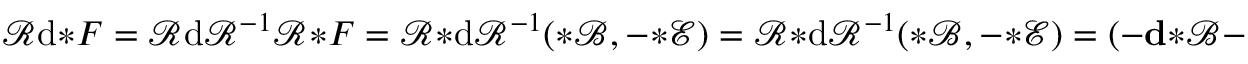
\mathcal { R } \mathrm { d } { * } F = \mathcal { R } \mathrm { d } \mathcal { R } ^ { - 1 } \mathcal { R } { * } F = \mathcal { R } { * } \mathrm { d } \mathcal { R } ^ { - 1 } ( { \boldsymbol { * } } \mathscr { B } , - { \boldsymbol { * } } \mathscr { E } ) = \mathcal { R } { * } \mathrm { d } \mathcal { R } ^ { - 1 } ( { \boldsymbol { * } } \mathscr { B } , - { \boldsymbol { * } } \mathscr { E } ) = ( - \mathbf { d } { \boldsymbol { * } } \mathscr { B } - L _ { e _ { 0 } } { \boldsymbol { * } } \mathscr { E } , - \mathbf { d } { \boldsymbol { * } } \mathscr { E } ) .